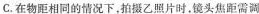
C.在物距相同的情况下，拍摄乙照片时，镜头焦距需